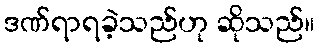
ဒဏ်ရာရခဲ့သည်ဟု ဆိုသည်။